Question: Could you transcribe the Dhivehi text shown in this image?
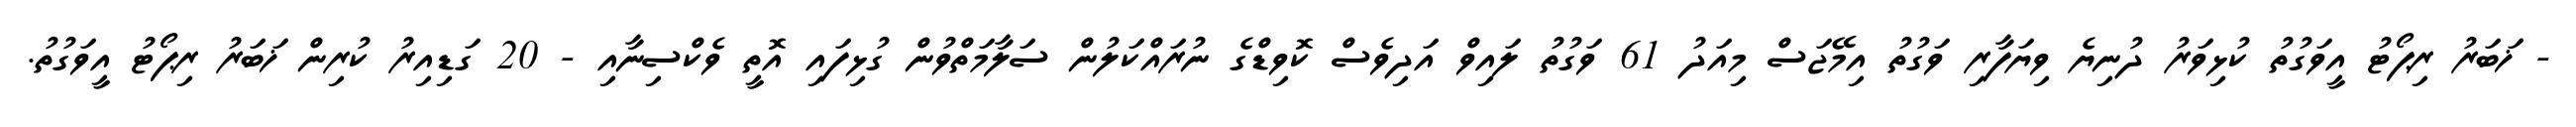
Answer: - ޚަބަރު ރިޕޯޓު އީވަގުތު ކުޅިވަރު ދުނިޔެ ވިޔަފާރި ވަގުތު އިމޭޖަސް މިއަދު 61 ވަގުތު ލައިވް އަދިވެސް ކޮވިޑްގެ ނުރައްކަލުން ސަލާމަތްވުން ގުޅިފައި އޮތީ ވެކްސިނާއި - 20 ގަޑިއިރު ކުރިން ޚަބަރު ރިޕޯޓު އީވަގުތު.